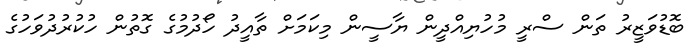
ބޮޑުވަޒީރު ތަން ސްރީ މުހުޔިއްދީން ޔާސީން މިކަމަށް ތާއީދު ހޯދުމުގެ ގޮތުން ހުކުރުދުވަހުގެ